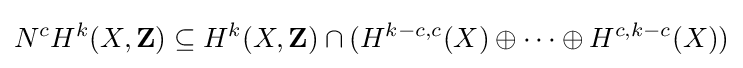
N^{c}H^{k}(X,\mathbf {Z} )\subseteq H^{k}(X,\mathbf {Z} )\cap (H^{k-c,c}(X)\oplus \cdots \oplus H^{c,k-c}(X))